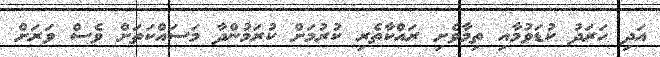
އަދި ހަރަދު ކުޑަވުމާއި ތިމާވެށި ރައްކާތެރި ކުރުމަށް ކުރަމުންދާ މަސައްކަތަށް ވެސް ވަރަށް